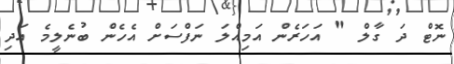
ނޮޓް ދަ ގާލް " އަހަރެން އަމިއްލަ ނަފްސަށް އެހެން ބުނެލީމެ އަދި